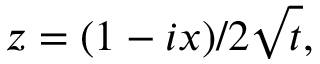
z = ( 1 - i x ) / 2 { \sqrt { t } } ,